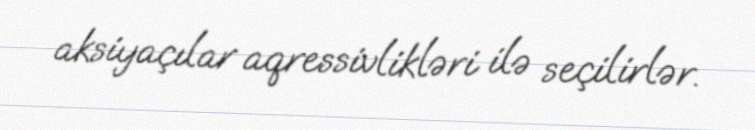
aksiyaçılar aqressivlikləri ilə seçilirlər.